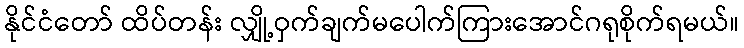
နိုင်ငံတော် ထိပ်တန်း လျှို့ဝှက်ချက်မပေါက်ကြားအောင်ဂရုစိုက်ရမယ်။